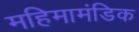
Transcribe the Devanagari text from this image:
महिमामंडिक